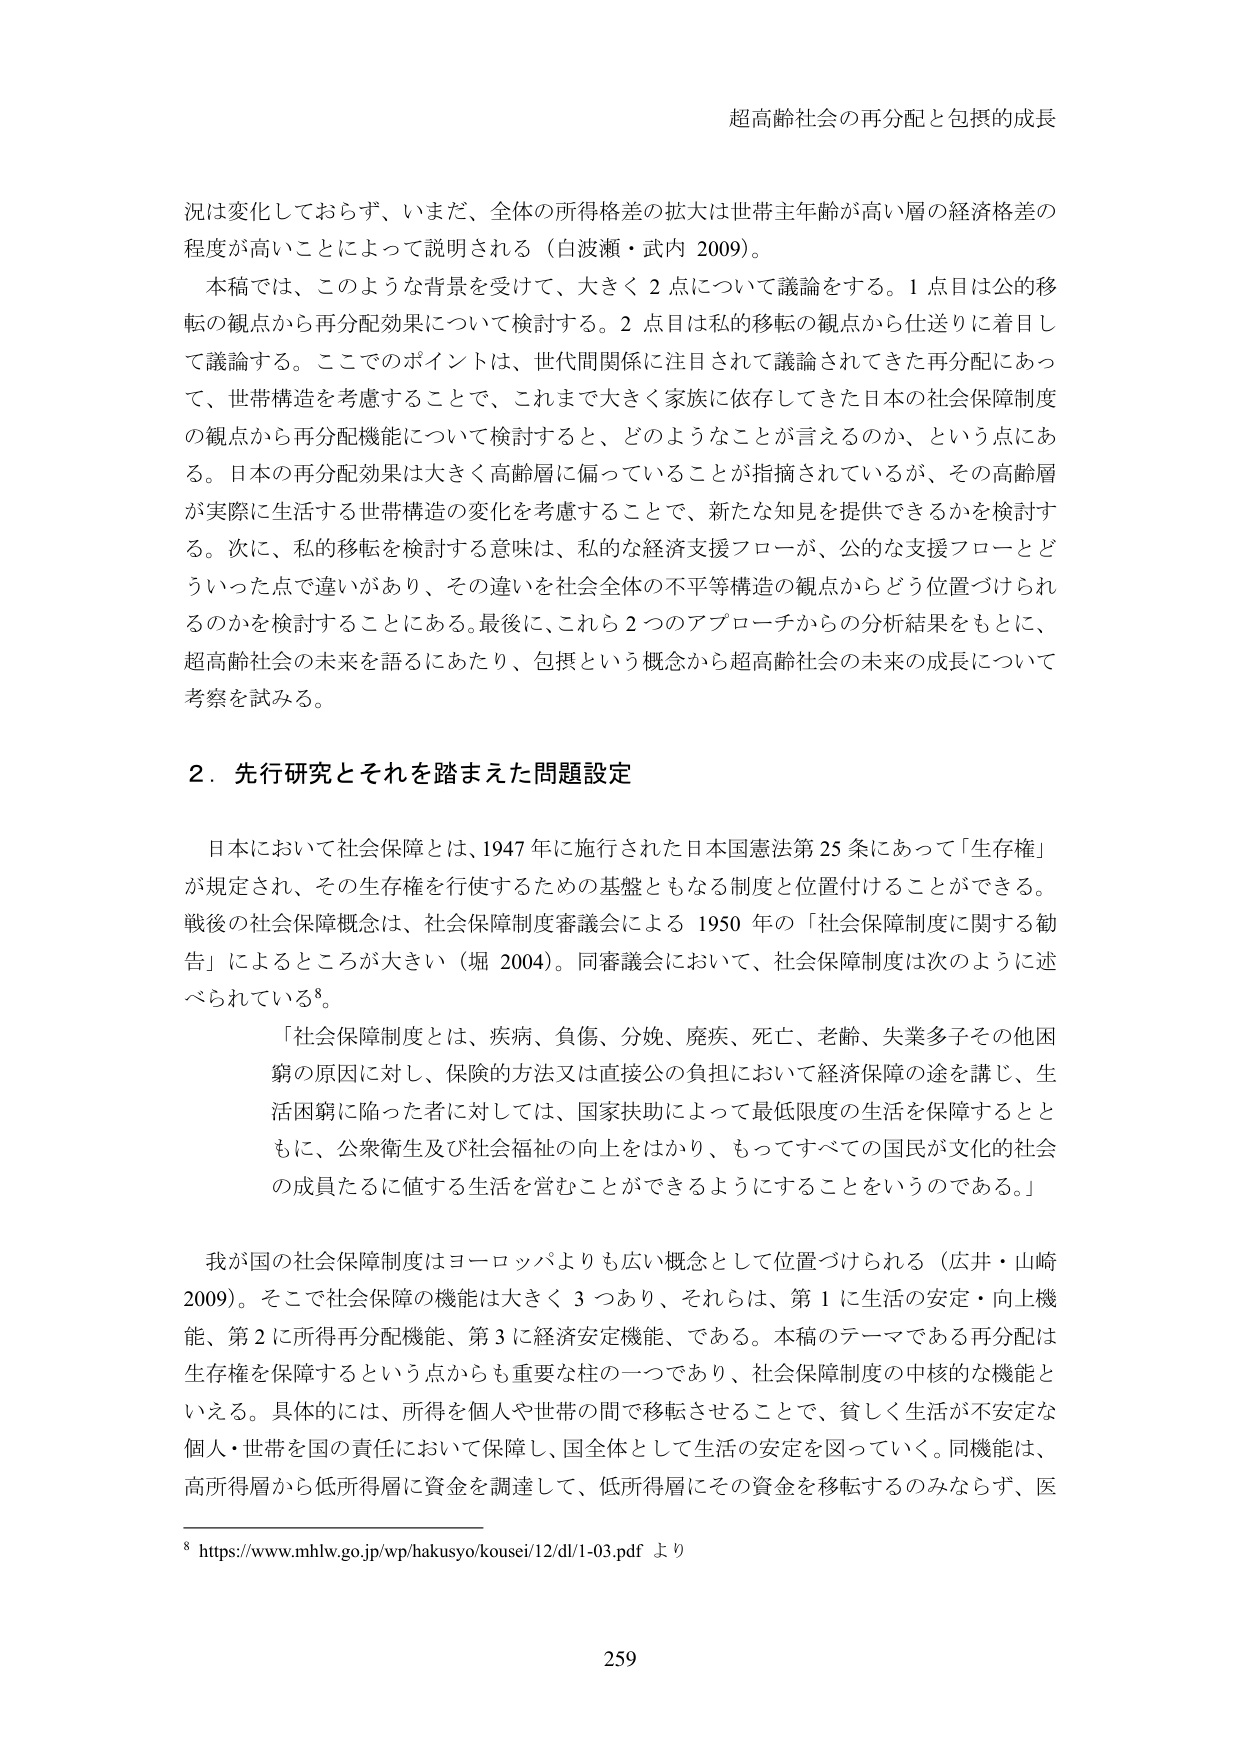
超高齢社会の再分配と包摂的成長

況は変化しておらず、いまだ、全体の所得格差の拡大は世帯主年齢が高い層の経済格差の程度が高いことによって説明される（白波瀬・武内 2009）。

本稿では、このような背景を受けて、大きく２点について議論をする。１点目は公的移転の観点から再分配効果について検討する。２点目は私的移転の観点から仕送りに着目して議論する。ここでのポイントは、世代間関係に注目されて議論されてきた再分配にあって、世帯構造を考慮することで、これまで大きく家族に依存してきた日本の社会保障制度の観点から再分配機能について検討すると、どのようなことが言えるのか、という点にある。日本の再分配効果は大きく高齢層に偏っていることが指摘されているが、その高齢層が実際に生活する世帯構造の変化を考慮することで、新たな知見を提供できるかを検討する。次に、私的移転を検討する意味は、私的な経済支援フローが、公的な支援フローとどういった点で違いがあり、その違いを社会全体の不平等構造の観点からどう位置づけられるのかを検討することにある。最後に、これら２つのアプローチからの分析結果をもとに、超高齢社会の未来を語るにあたり、包摂という概念から超高齢社会の未来の成長について考察を試みる。

２．先行研究とそれを踏まえた問題設定

日本において社会保障とは、1947年に施行された日本国憲法第25条にあって「生存権」が規定され、その生存権を行使するための基盤ともなる制度と位置付けることができる。戦後の社会保障概念は、社会保障制度審議会による1950年の「社会保障制度に関する勧告」によるところが大きい（堀 2004）。同審議会において、社会保障制度は次のように述べられている⁸。

「社会保障制度とは、疾病、負傷、分娩、廃疾、死亡、老齢、失業多子その他困窮の原因に対し、保険的方法又は直接公的負担において経済保障の途を講じ、生活困窮に陥った者に対しては、国家扶助によって最低限度の生活を保障するとともに、公衆衛生及び社会福祉の向上をはかり、もってすべての国民が文化的社会の成員たるに値する生活を営むことができるようにすることをいうのである。」

我が国の社会保障制度はヨーロッパよりも広い概念として位置づけられる（広井・山崎 2009）。そこで社会保障の機能は大きく３つあり、それらは、第１に生活の安定・向上機能、第２に所得再分配機能、第３に経済安定機能、である。本稿のテーマである再分配は生存権を保障するという点からも重要な柱の一つであり、社会保障制度の中核的な機能といえる。具体的には、所得を個人や世帯の間で移転させることで、貧しく生活が不安定な個人・世帯を国の責任において保障し、国全体として生活の安定を図っていく。同機能は、高所得層から低所得層に資金を調達して、低所得層にその資金を移転するのみならず、医

⁸ https://www.mhlw.go.jp/wp/hakusyo/kousei/12/dl/1-03.pdf より

259